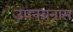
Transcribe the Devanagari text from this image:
उपनयनास